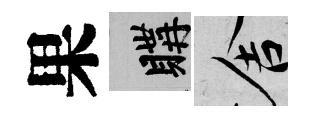
果購舍